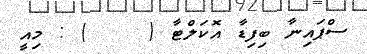
ސްޕައިނާ ބިފިޑާ އޮކަލްޓާ (    ) : މިއީ